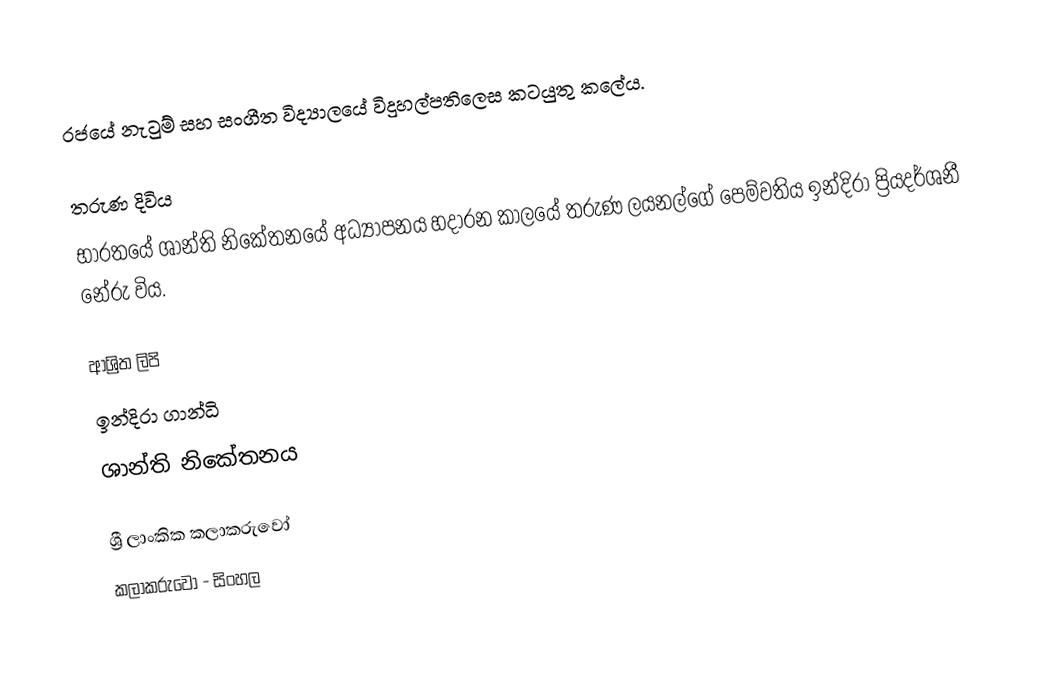
රජයේ නැටුම් සහ සංගීත විද්‍යාලයේ විදුහල්පතිලෙස කටයුතු කලේය.

තරුණ දිවිය
භාරතයේ ශාන්ති නිකේතනයේ අධ්‍යාපනය හදාරන කාලයේ තරුණ ලයනල්ගේ පෙම්වතිය ඉන්දිරා ප්‍රියදර්ශනී නේරු විය.

ආශ්‍රිත ලිපි
 ඉන්දිරා ගාන්ධි
 ශාන්ති නිකේතනය

ශ්‍රී ලාංකික කලාකරුවෝ
කලාකරුවෝ - සිංහල